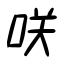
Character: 咲